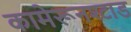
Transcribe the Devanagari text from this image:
कामेरूनश्टाड